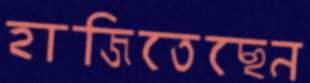
হাজিতেছেন